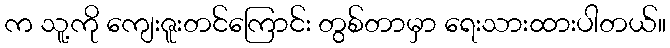
က သူ့ကို ကျေးဇူးတင်ကြောင်း တွစ်တာမှာ ရေးသားထားပါတယ်။